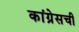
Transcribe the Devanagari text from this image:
कांग्रेसची